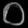
Digit: ၀